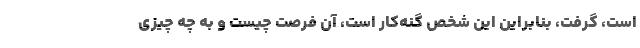
است، گرفت، بنابراین این شخص گنه‌کار است، آن فرصت چیست و به چه چیزی